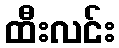
ထီးလင်း